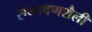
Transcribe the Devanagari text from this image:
संभाषणशैली